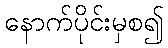
နောက်ပိုင်းမှစ၍